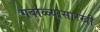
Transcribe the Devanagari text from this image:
गबाळ्यासारखी